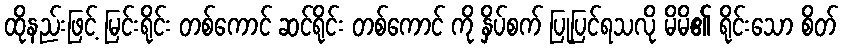
ထိုနည်းဖြင့် မြင်းရိုင်း တစ်ကောင် ဆင်ရိုင်း တစ်ကောင် ကို နှိပ်စက် ပြုပြင်ရသလို မိမိ၏ ရိုင်းသော စိတ်